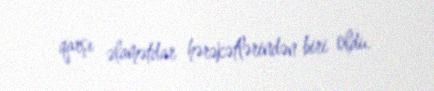
qarşı əlamətdar hərəkətlərindən biri oldu.